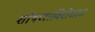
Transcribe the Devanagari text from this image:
शोषणाविरोधात